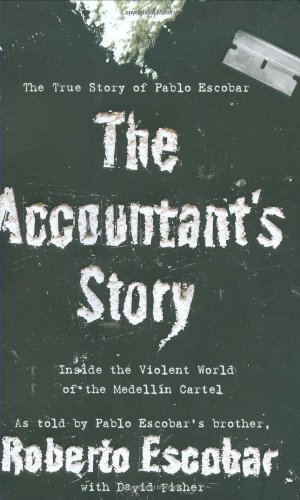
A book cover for The Accountant's Story: Inside the Violent World of the MedellÃ­n Cartel; Roberto Escobar; Biographies & Memoirs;